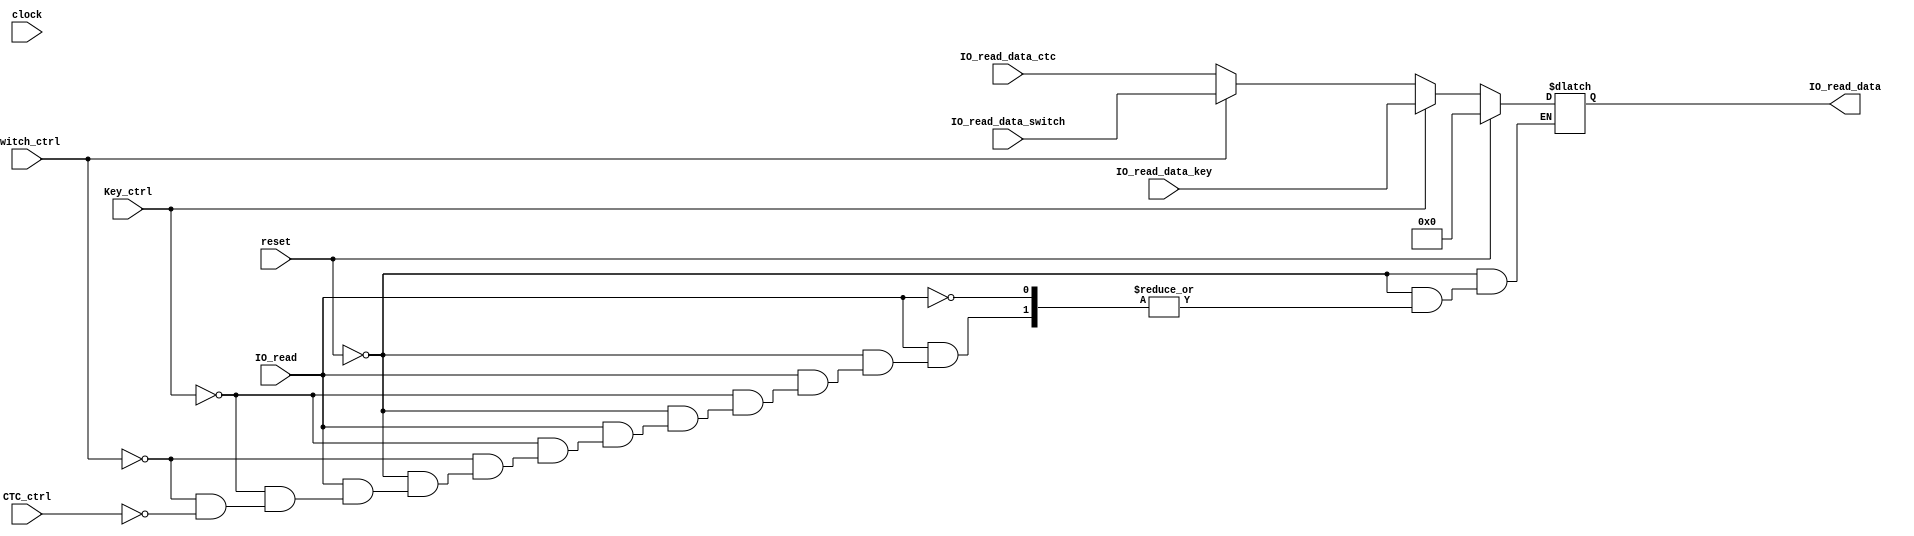
`timescale 1ns / 1ps
//////////////////////////////////////////////////////////////////////////////////


module MultiIORead(
    clock,reset,
    IO_read,IO_read_data,
    Switch_ctrl,IO_read_data_switch,
    Key_ctrl,IO_read_data_key,
    CTC_ctrl,IO_read_data_ctc
    );
    
    input clock;
    input reset;
    
    input IO_read;
    output[15:0]    IO_read_data;
    
    input Key_ctrl;
    input[15:0] IO_read_data_key;
    
    input CTC_ctrl;
    input[15:0] IO_read_data_ctc;

    input Switch_ctrl;
    input[15:0] IO_read_data_switch;
    
    
    reg[15:0]   IO_read_data;
    
    
    always @(*)
    begin
        if (reset == 1)
            IO_read_data = 16'b0000_0000_0000_0000;
        else
            if (IO_read == 1)
            begin
                if (Key_ctrl == 1)
                    IO_read_data = IO_read_data_key;    //Key
                else if (Switch_ctrl == 1)
                    IO_read_data = IO_read_data_switch; //Switch
                else if (CTC_ctrl == 1)
                    IO_read_data = IO_read_data_ctc;    //CTC
                else
                    IO_read_data = IO_read_data;        //
            end
    end
endmodule